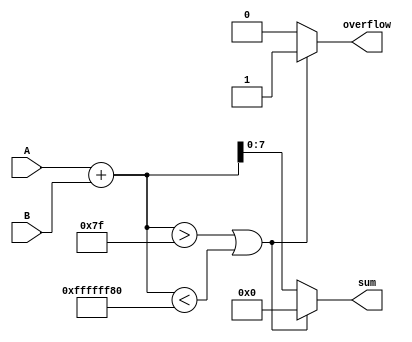
module fixed_point_adder(
  input signed [7:0] A,
  input signed [7:0] B,
  output reg signed [7:0] sum,
  output reg overflow
);

reg [8:0] temp_sum;

always @ (A or B) begin
  temp_sum = A + B;
  
  if ((temp_sum > 127) || (temp_sum < -128)) begin
    overflow = 1;
    sum = 0; // Overflow, set sum to 0
  end
  else begin
    overflow = 0;
    sum = temp_sum[7:0];
  end
end

endmodule